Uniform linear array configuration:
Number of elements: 24
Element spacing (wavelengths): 0.5
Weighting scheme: hamming
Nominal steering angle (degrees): -60
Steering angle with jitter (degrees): -58.472
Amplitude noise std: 0.05
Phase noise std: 0.05

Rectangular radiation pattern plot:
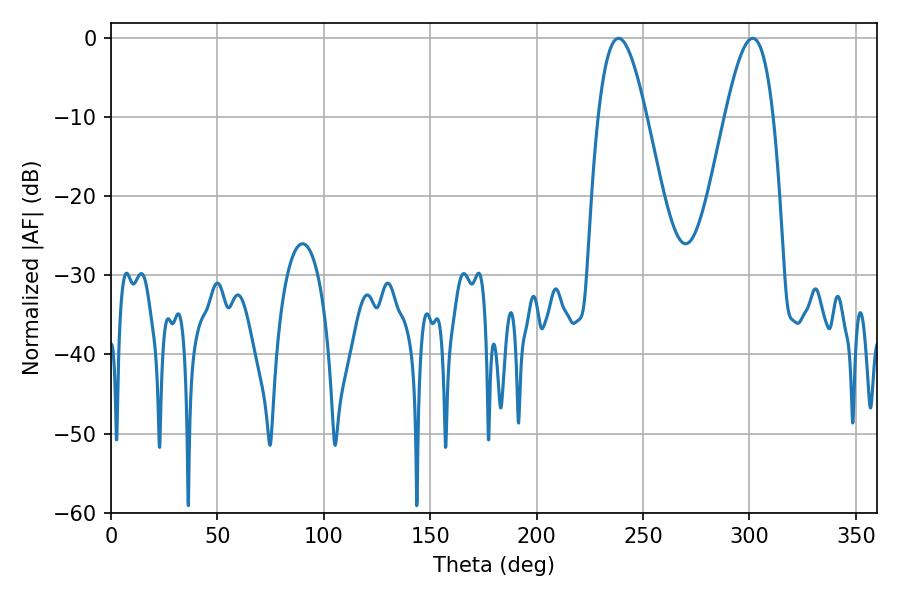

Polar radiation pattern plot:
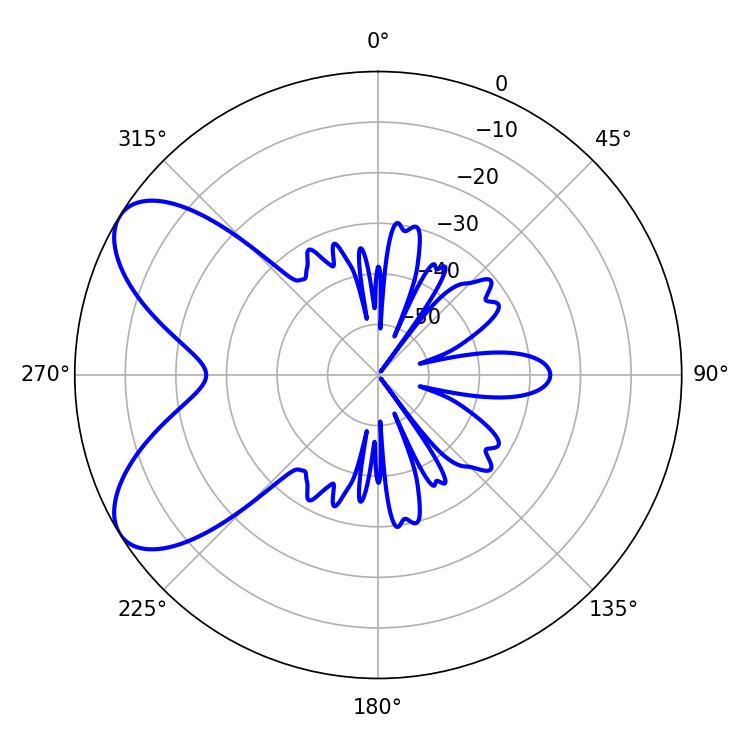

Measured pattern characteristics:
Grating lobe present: FALSE
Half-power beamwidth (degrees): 12.24
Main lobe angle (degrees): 238.5